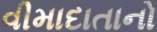
વીમાદાતાનો